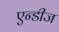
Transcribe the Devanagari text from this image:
एन्डीज